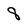
Character: 8